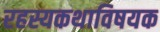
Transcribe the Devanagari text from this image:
रहस्यकथाविषयक